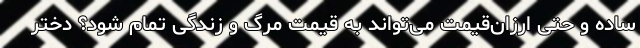
ساده و حتی ارزان‌قیمت می‌تواند به قیمت مرگ و زندگی تمام شود؟ دختر